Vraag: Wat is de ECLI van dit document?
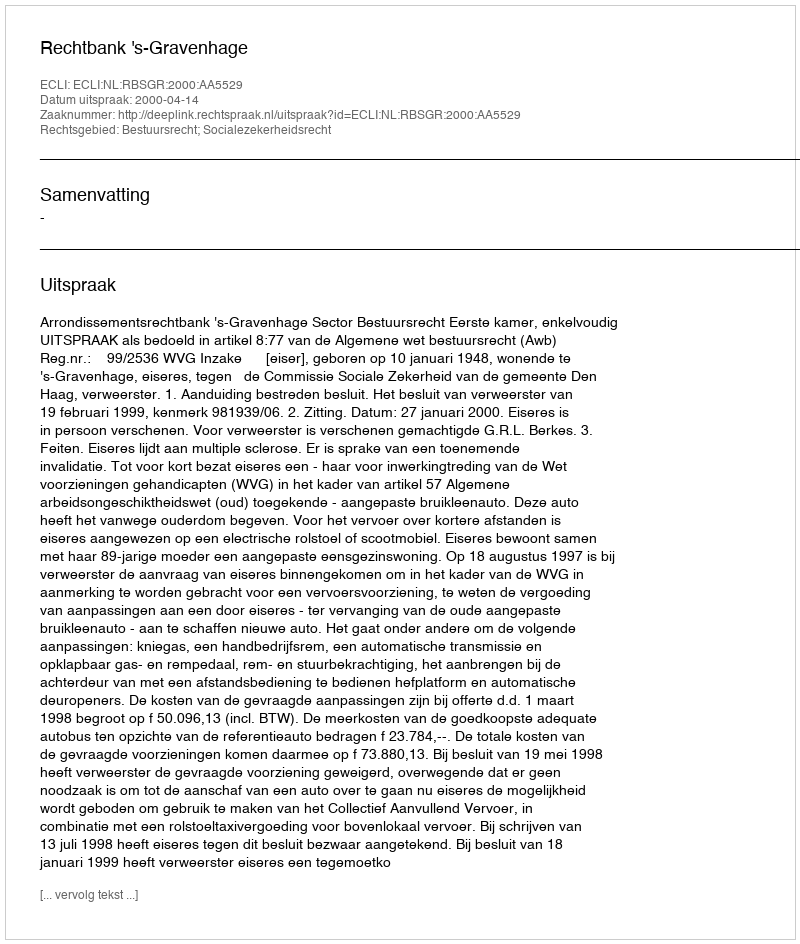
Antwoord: ECLI:NL:RBSGR:2000:AA5529